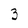
Character: 3